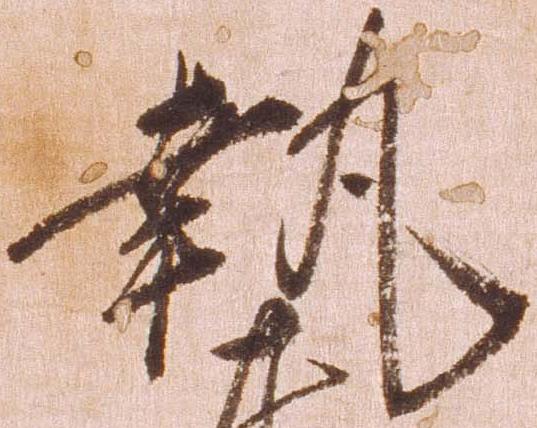
執